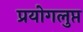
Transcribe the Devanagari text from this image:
प्रयोगलुप्त